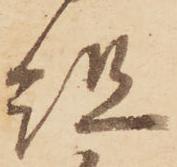
組